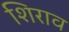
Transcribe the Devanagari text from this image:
शिराव